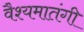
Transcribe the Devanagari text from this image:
वैश्यमातंगी